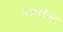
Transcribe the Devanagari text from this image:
मेजवरील